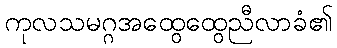
ကုလသမဂ္ဂအထွေထွေညီလာခံ၏